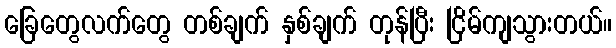
ခြေတွေလက်တွေ တစ်ချက် နှစ်ချက် တုန်ပြီး ငြိမ်ကျသွားတယ်။